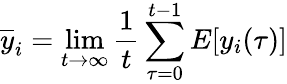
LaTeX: {\overline{{y}}}_{i}=\operatorname*{lim}_{t\to\infty}{\frac{1}{t}}\sum_{\tau=0}^{t-1}E[y_{i}(\tau)]